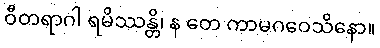
ဝီတရာဂါ ရမိဿန္တိ၊ န တေ ကာမဂဝေသိနော။